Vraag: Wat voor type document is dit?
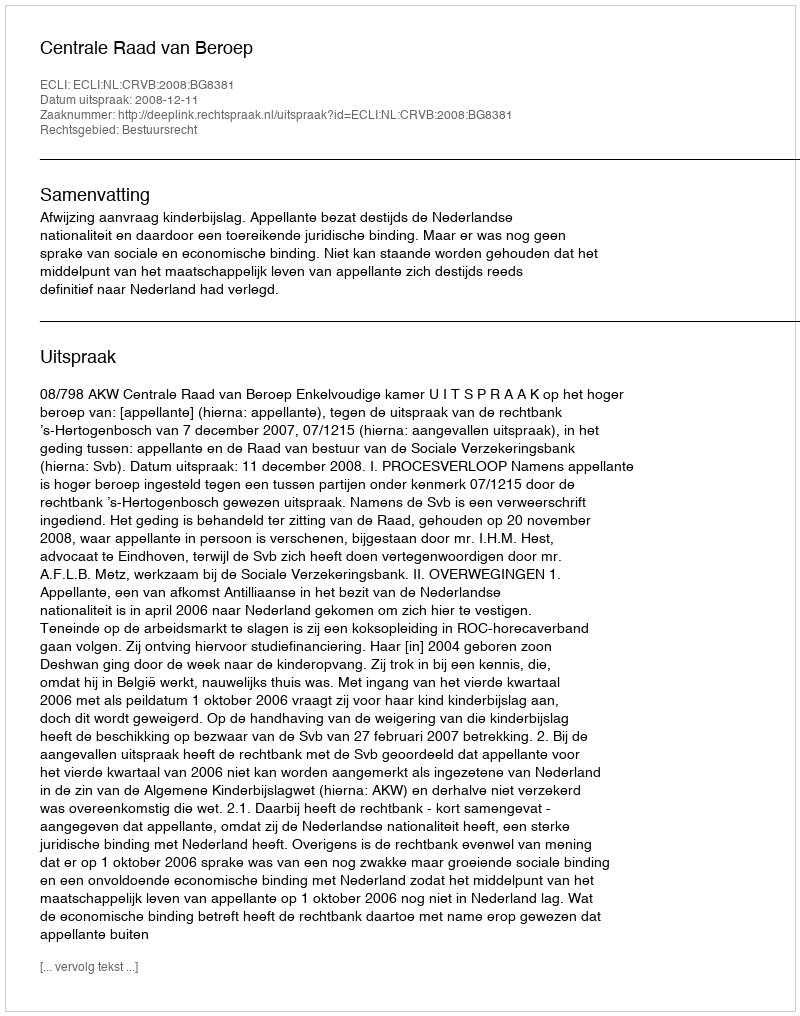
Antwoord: Uitspraak